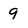
Character: 9